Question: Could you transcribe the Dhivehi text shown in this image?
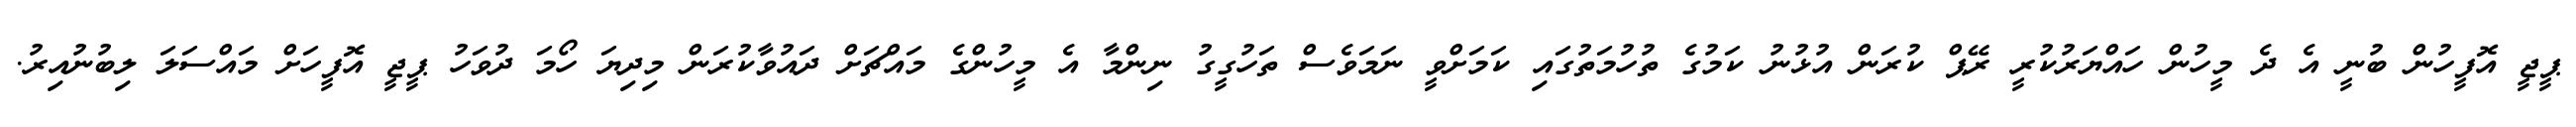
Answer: ޕީޖީ އޮފީހުން ބުނީ އެ ދެ މީހުން ހައްޔަރުކުރީ ރޭޕް ކުރަން އުޅުނު ކަމުގެ ތުހުމަތުގައި ކަމަށްވީ ނަމަވެސް ތަހުގީގު ނިންމާ އެ މީހުންގެ މައްޗަށް ދައުވާކުރަން މިދިޔަ ހޯމަ ދުވަހު ޕީޖީ އޮފީހަށް މައްސަލަ ލިބުނުއިރު.